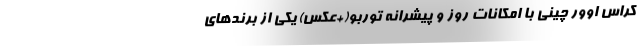
کراس اوور چینی با امکانات روز و پیشرانه توربو(+عکس) یکی از برندهای